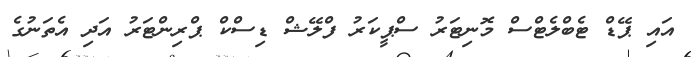
އައި ޕޭޑް ޓެބްލެޓްސް މޮނިޓަރު ސްޕީކަރު ފްލޭޝް ޑިސްކް ޕްރިންޓަރު އަދި އެތަނުގެ